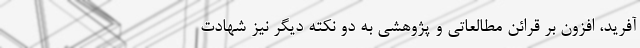
آفرید، افزون بر قرائن مطالعاتی و پژوهشی به دو نکته دیگر نیز شهادت